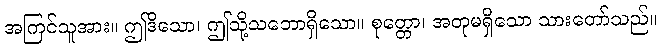
အကြင်သူအား။ ဤဒိသော၊ ဤသို့သဘောရှိသော။ စုတ္တော၊ အတုမရှိသော သားတော်သည်။